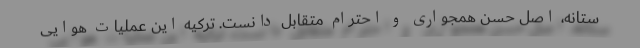
ستانه، اصل حسن همجواری و احترام متقابل دانست. ترکیه این عملیات هوایی